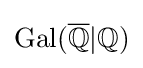
\mathrm {Gal} ({\overline {\mathbb {Q} }}|\mathbb {Q} )